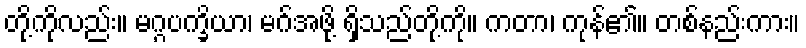
တို့ကိုလည်း။ မဂ္ဂပက္ခိယာ၊ မဂ်အဖို့ ရှိသည်တို့ကို။ ကတာ၊ ကုန်၏။ တစ်နည်းကား။